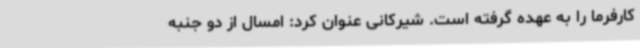
کارفرما را به عهده گرفته است. شیرکانی عنوان کرد: امسال از دو جنبه